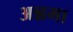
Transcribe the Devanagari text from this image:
अन्नमा